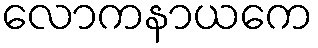
လောကနာယကေ